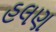
હલણ